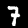
Label: 7